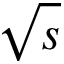
\sqrt { s }